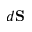
d \mathbf { S }